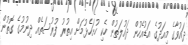
ދައުވާގެ މިއަދުގެ އަޑުއެހުން ދައުލަތުން ހެކި ހުށަހެޅުމަށް އިތުރު ފުރުސަތެއް ދިނުމުގެ ގޮތުން